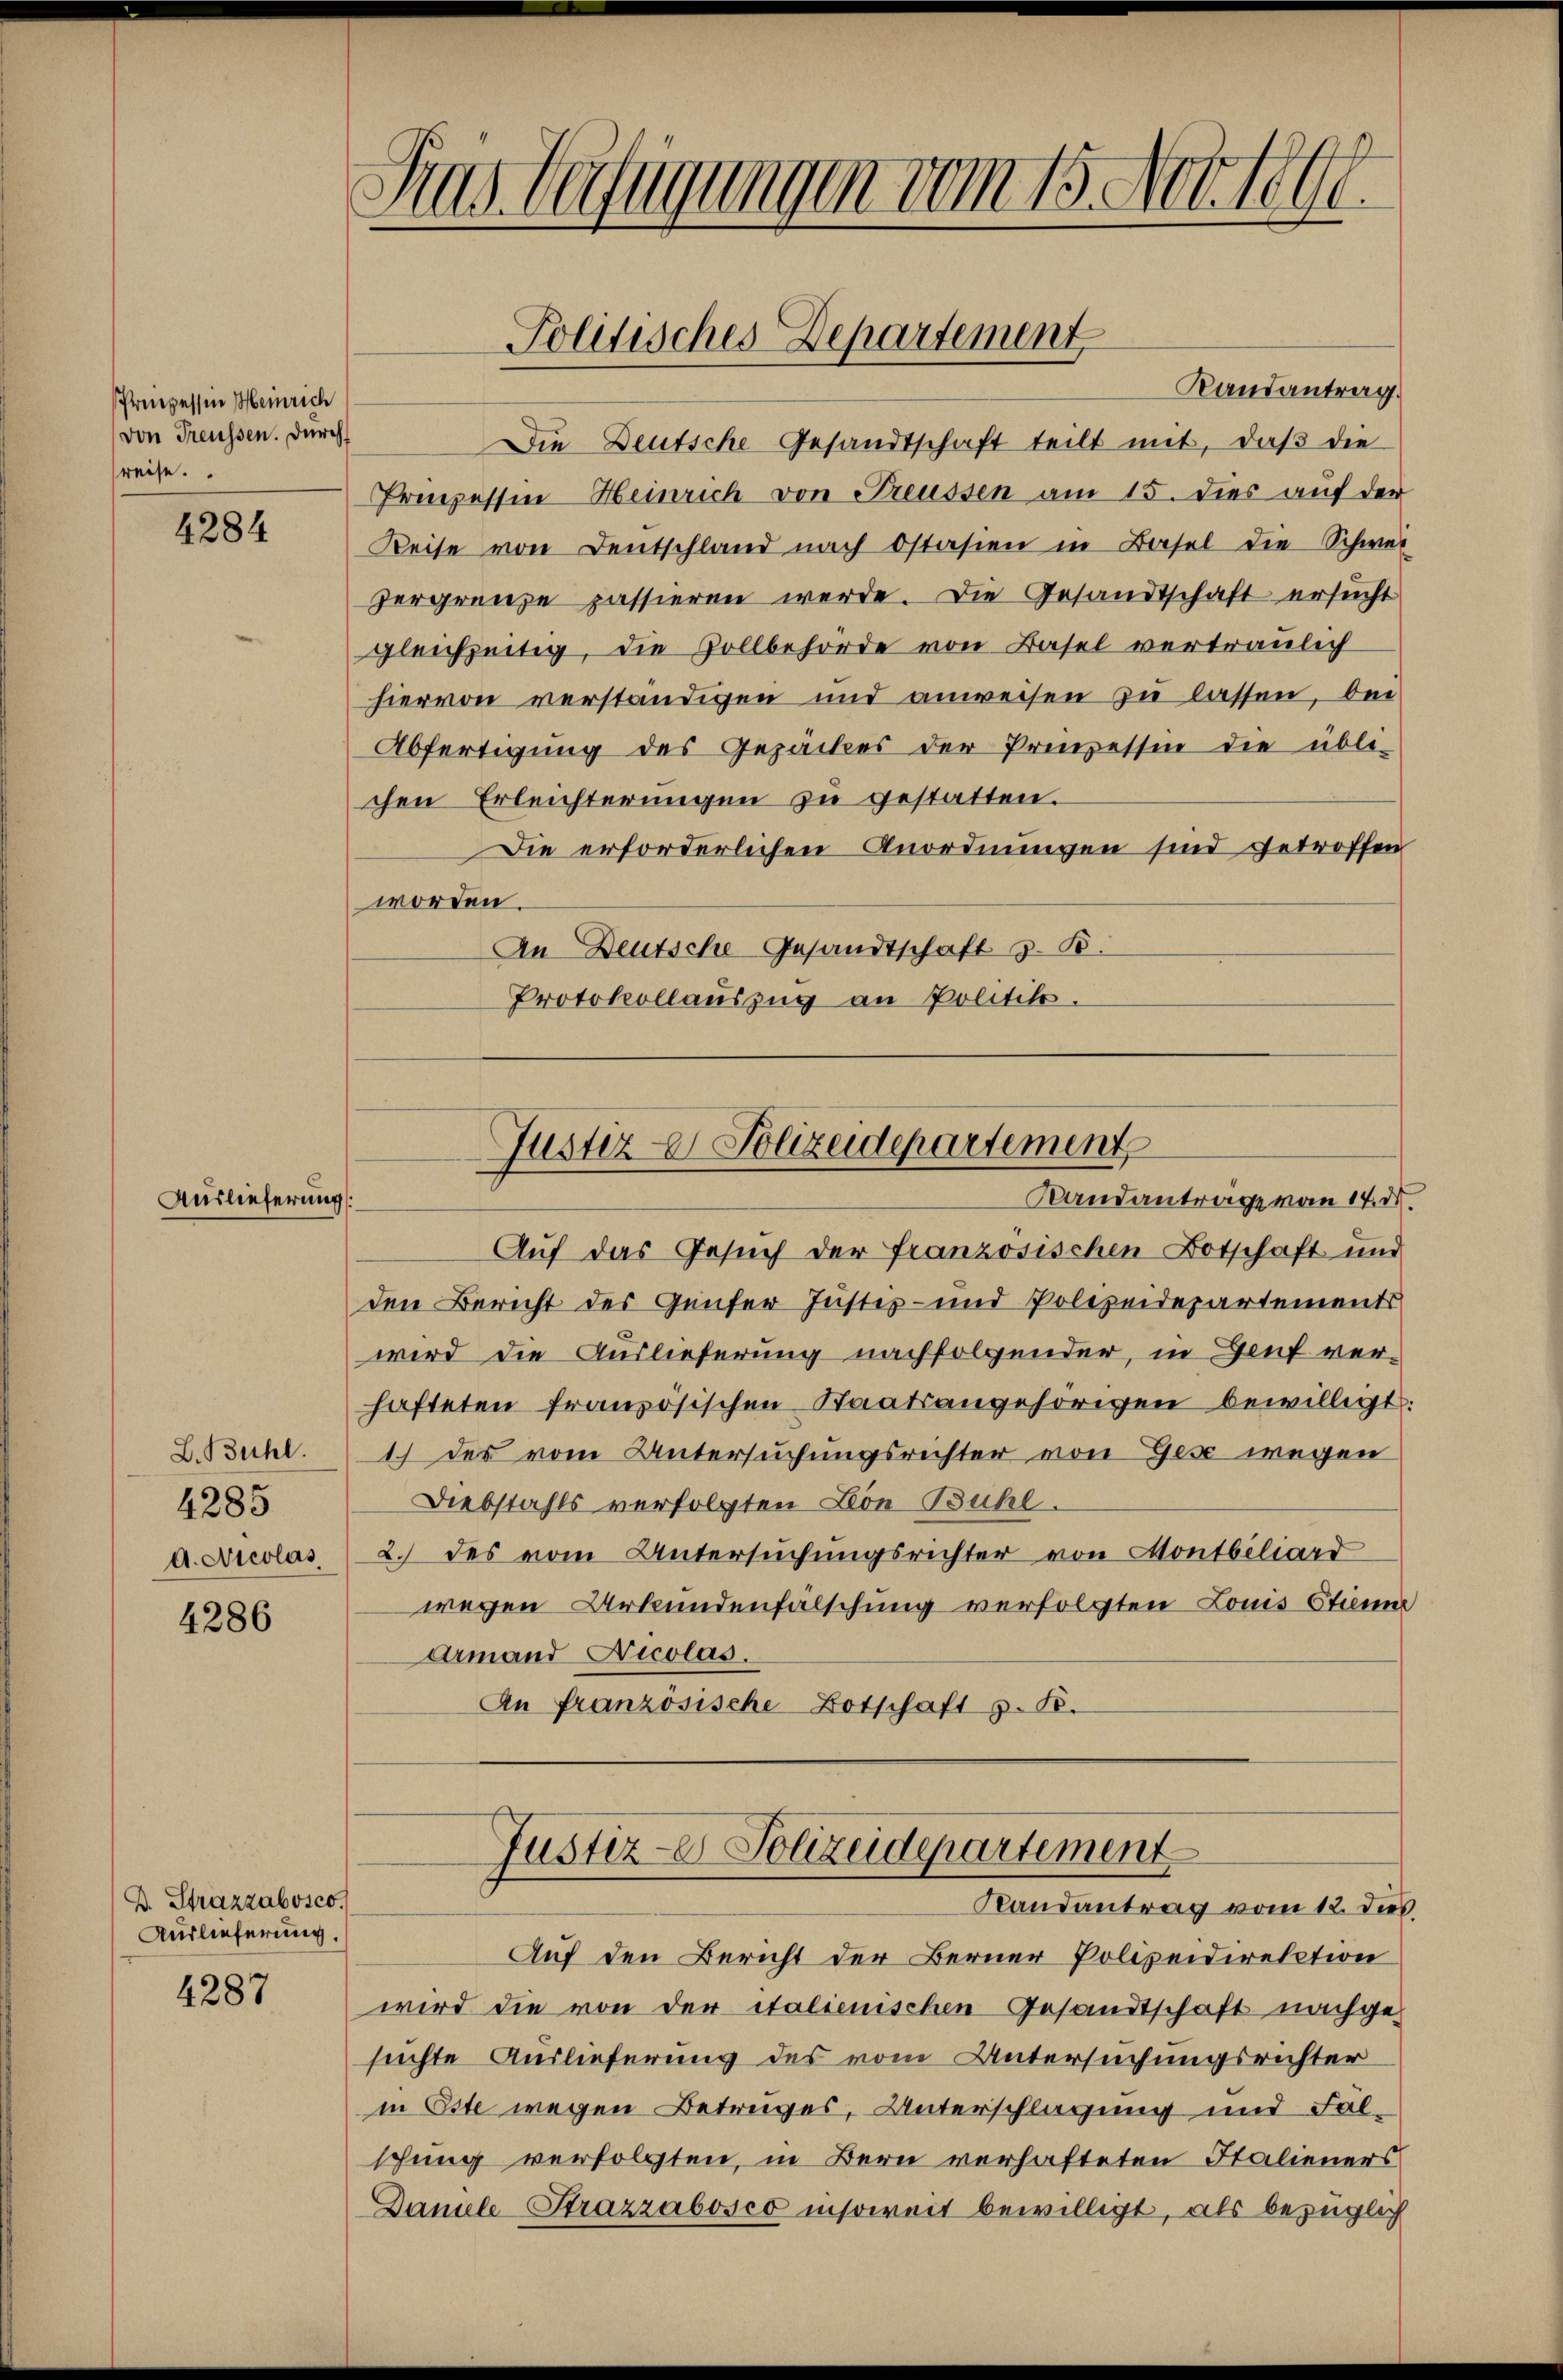
Preiecessin Meinrich
von Freussen. Durch
reise.

4284

Auslieferung.

L. Bühl.
4285
A. Nicolas

4286

B. Strazzabosco
Auslieferung.

4287

Pras. Verfügungen vom 15. Nov. 1890.

Randantrag.
Die Deutsche Gesandtschaft teilt mit, daβ die
Prozessin Heinrich von Treussen am 15. dies auf der
Reise von Deutschland nach Ostasien in Basel die Schwei
zergrenze passieren werde. Die Gesandtschaft ersucht
gleichzeitig, die Zollbehörde von Basel vertraulich
hiervon verständigen und anweisen zu lassen, bei
Abfertigung des Gepackes der Prinzessin die übli-
chen Erleichterungen zu gestatten.
Die erforderlichen Anordnungen sind getroffen
worden.
An Deutsche Gesandtschaft z. B.
Protokollauszug an Politik.

Auf das Gesuch der französischen Botschaft und
den Bericht des Genfer Justiz- und Polizeidepartements
wird die Auslieferung nachfolgender, in Genf ver-
hafteten französischen Staatsangehörigen bewilligt:
1) des vom Untersuchungsrichter von Gese wegen
Diebstahls verfolgten Lon Bühl.
2.) des vom Untersuchungsrichter von Montbiliard
wegen Urkundenfälschung verfolgten Louis Stimm
Armand Nicolas.
An französische Botschaft z. B.

Politisches Departement

Justiz & Polizeidepartement
Randantrage vom 14. ds.

Justiz-C. Polizeidepartement
Randantrag vom 12. dies

Auf den Bericht der Berner Polizeidirektion
wird die von der italienischen Gesandtschaft nachgesuchte Auslieferung des vom Untersuchungsrichter
in Este wegen Betrages, Unterschlagung und Fälschung verfolgten, in Bern verhafteten Stalieners
Daniele Strazzabosco insoweit bewilligt, als bezüglich